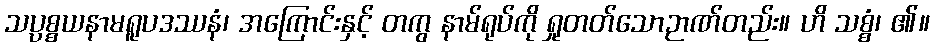
သပ္ပစ္စယနာမရူပဒဿနံ၊ အကြောင်းနှင့် တကွ နာမ်ရုပ်ကို ရှုတတ်သောဉာဏ်တည်း။ ဟိ သစ္စံ၊ ၏။